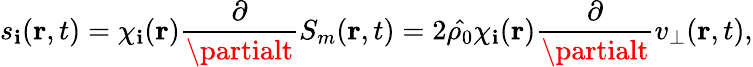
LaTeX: s_{\mathbf{i}}(\textbf{{r}},t)=\chi_{\mathbf{i}}(\textbf{r})\frac{{\partial}}{{\partialt}}S_{m}(\textbf{{r}},t)=2\hat{{\rho_{0}}}\chi_{\mathbf{i}}(\textbf{r})\frac{{\partial}}{{\partialt}}v_{\bot}(\textbf{{r}},t),